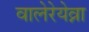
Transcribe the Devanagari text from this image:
वालेरेयेव्ना